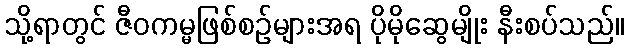
သို့ရာတွင် ဇီဝကမ္မဖြစ်စဉ်များအရ ပိုမိုဆွေမျိုး နီးစပ်သည်။